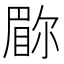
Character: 𫵇